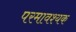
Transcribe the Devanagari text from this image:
परमावश्‍यक